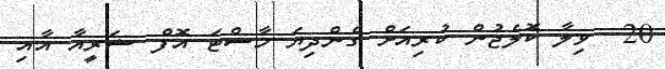
20  ވިލާ ކޮލެޖުން ކުރިއަށް ގެންދިޔަ މާސްޓަ އޮފް ޝަރީއާ އާއި